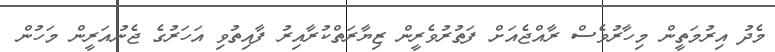
މެދު އިރުމަތީން މިހާރުވެސް ރާއްޖެއަށް ފަތުރުވެރީން ޒިޔާރަތްކުރާއިރު ފާއިތުވި އަހަރުގެ ޖެނުއަރީން މަހުން